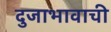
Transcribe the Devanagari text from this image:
दुजाभावाची